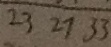
2 3 2 7 3 3